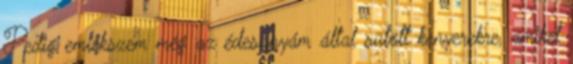
Pedig emlékszem még az édesanyám által sütött kenyerekre, amiket